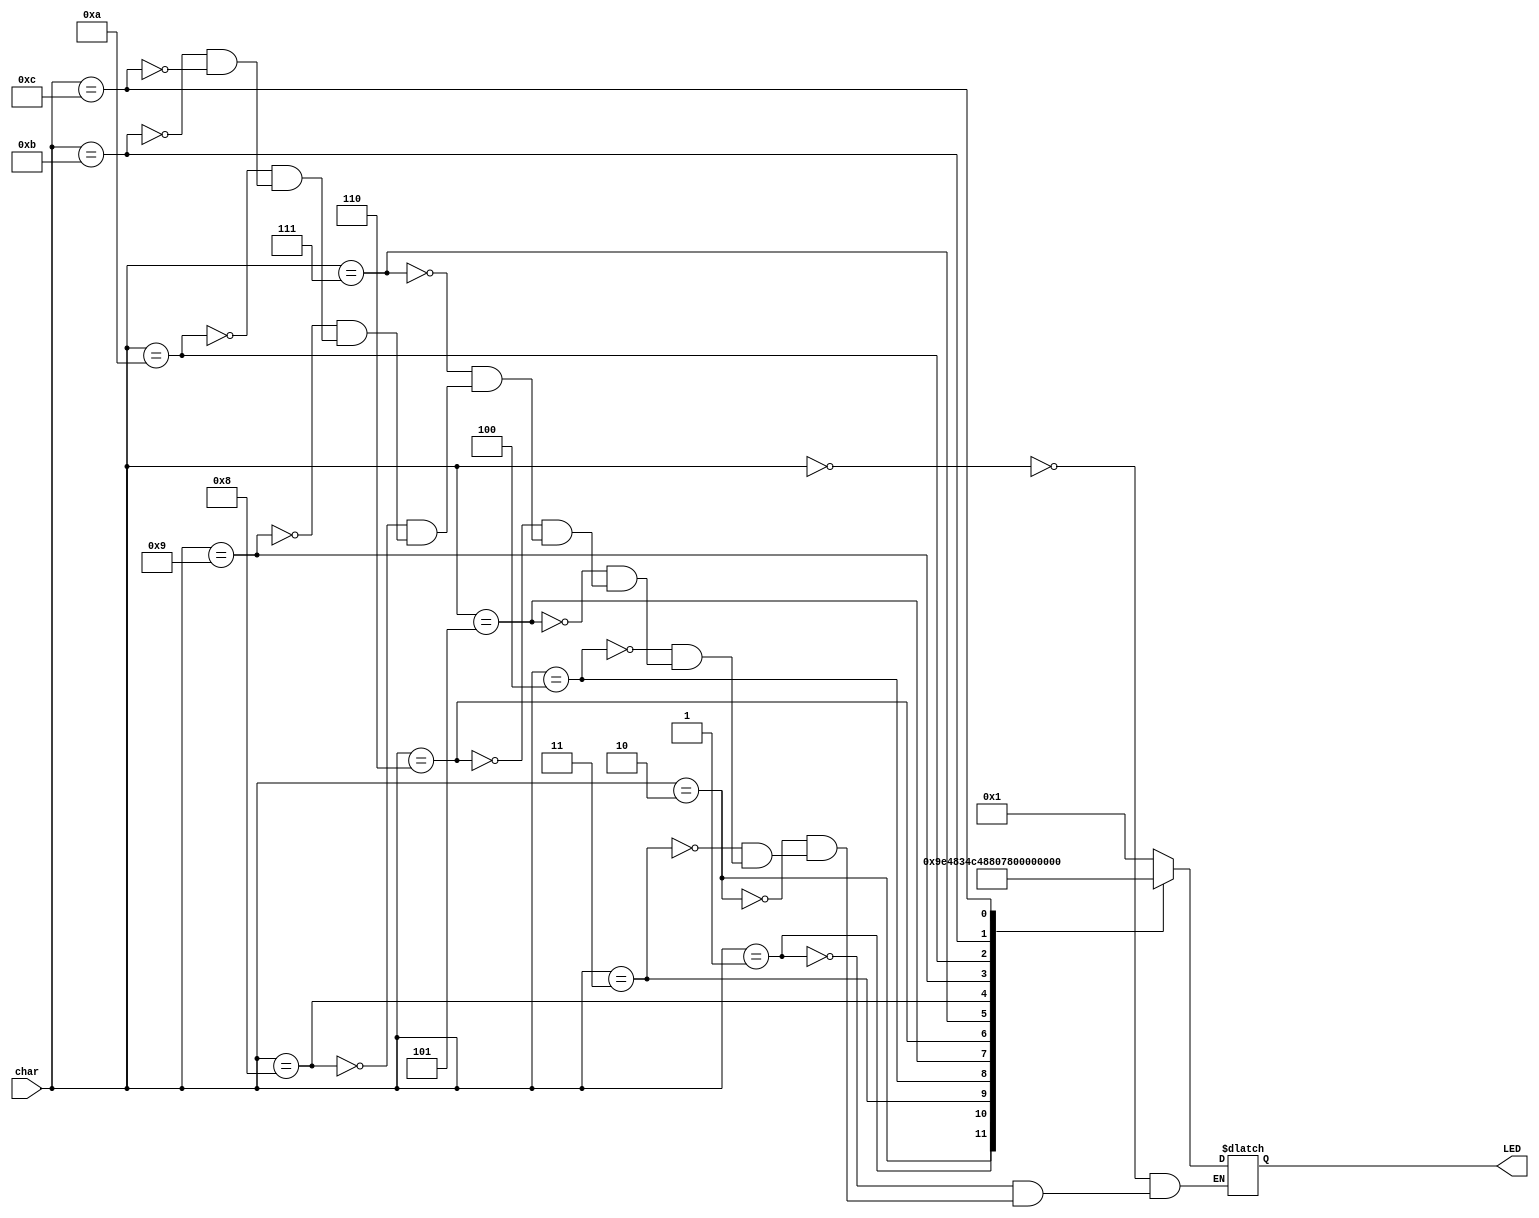
module LEDdecoder(char, LED);
input [3:0] char;
output reg [6:0] LED;

always @ (char)
begin
	case(char)              //ABCDEFG
		4'b0000: LED = 7'b0000001;	// 0
		4'b0001: LED = 7'b1001111;	// 1
		4'b0010: LED = 7'b0010010;	// 2
		4'b0011: LED = 7'b0000110;	// 3
		4'b0100: LED = 7'b1001100;	// 4
		4'b0101: LED = 7'b0100100;	// 5
		4'b0110: LED = 7'b0100000;	// 6
		4'b0111: LED = 7'b0001111;	// 7
		4'b1000: LED = 7'b0000000;	// 8
		4'b1001: LED = 7'b0000100;	// 9
		4'b1010: LED = 7'b1111110;	// -
		4'b1011: LED = 7'b0011000;	// F
		4'b1100: LED = 7'b1111111;	// space
	endcase

end

endmodule